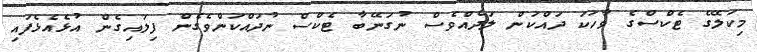
މިކަލޭގެ ޓެކްސްގެ ވާހަކަ ދައްކަން ލަދެއްވެސް ނުގަނޭބާ ޓެކްސް ނުދައްކަންވެގެން ފިލައިގެން އުޅެއެޅެފައި